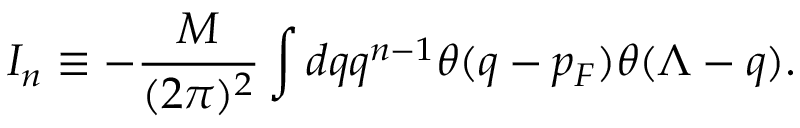
I _ { n } \equiv - \frac { M } { ( 2 \pi ) ^ { 2 } } \int d q q ^ { n - 1 } \theta ( q - p _ { F } ) \theta ( \Lambda - q ) .